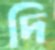
দি